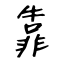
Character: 靠